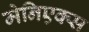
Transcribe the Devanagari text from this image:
मेनिएक्स